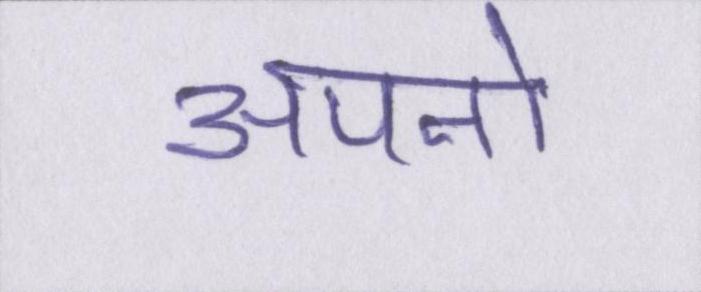
अपनो